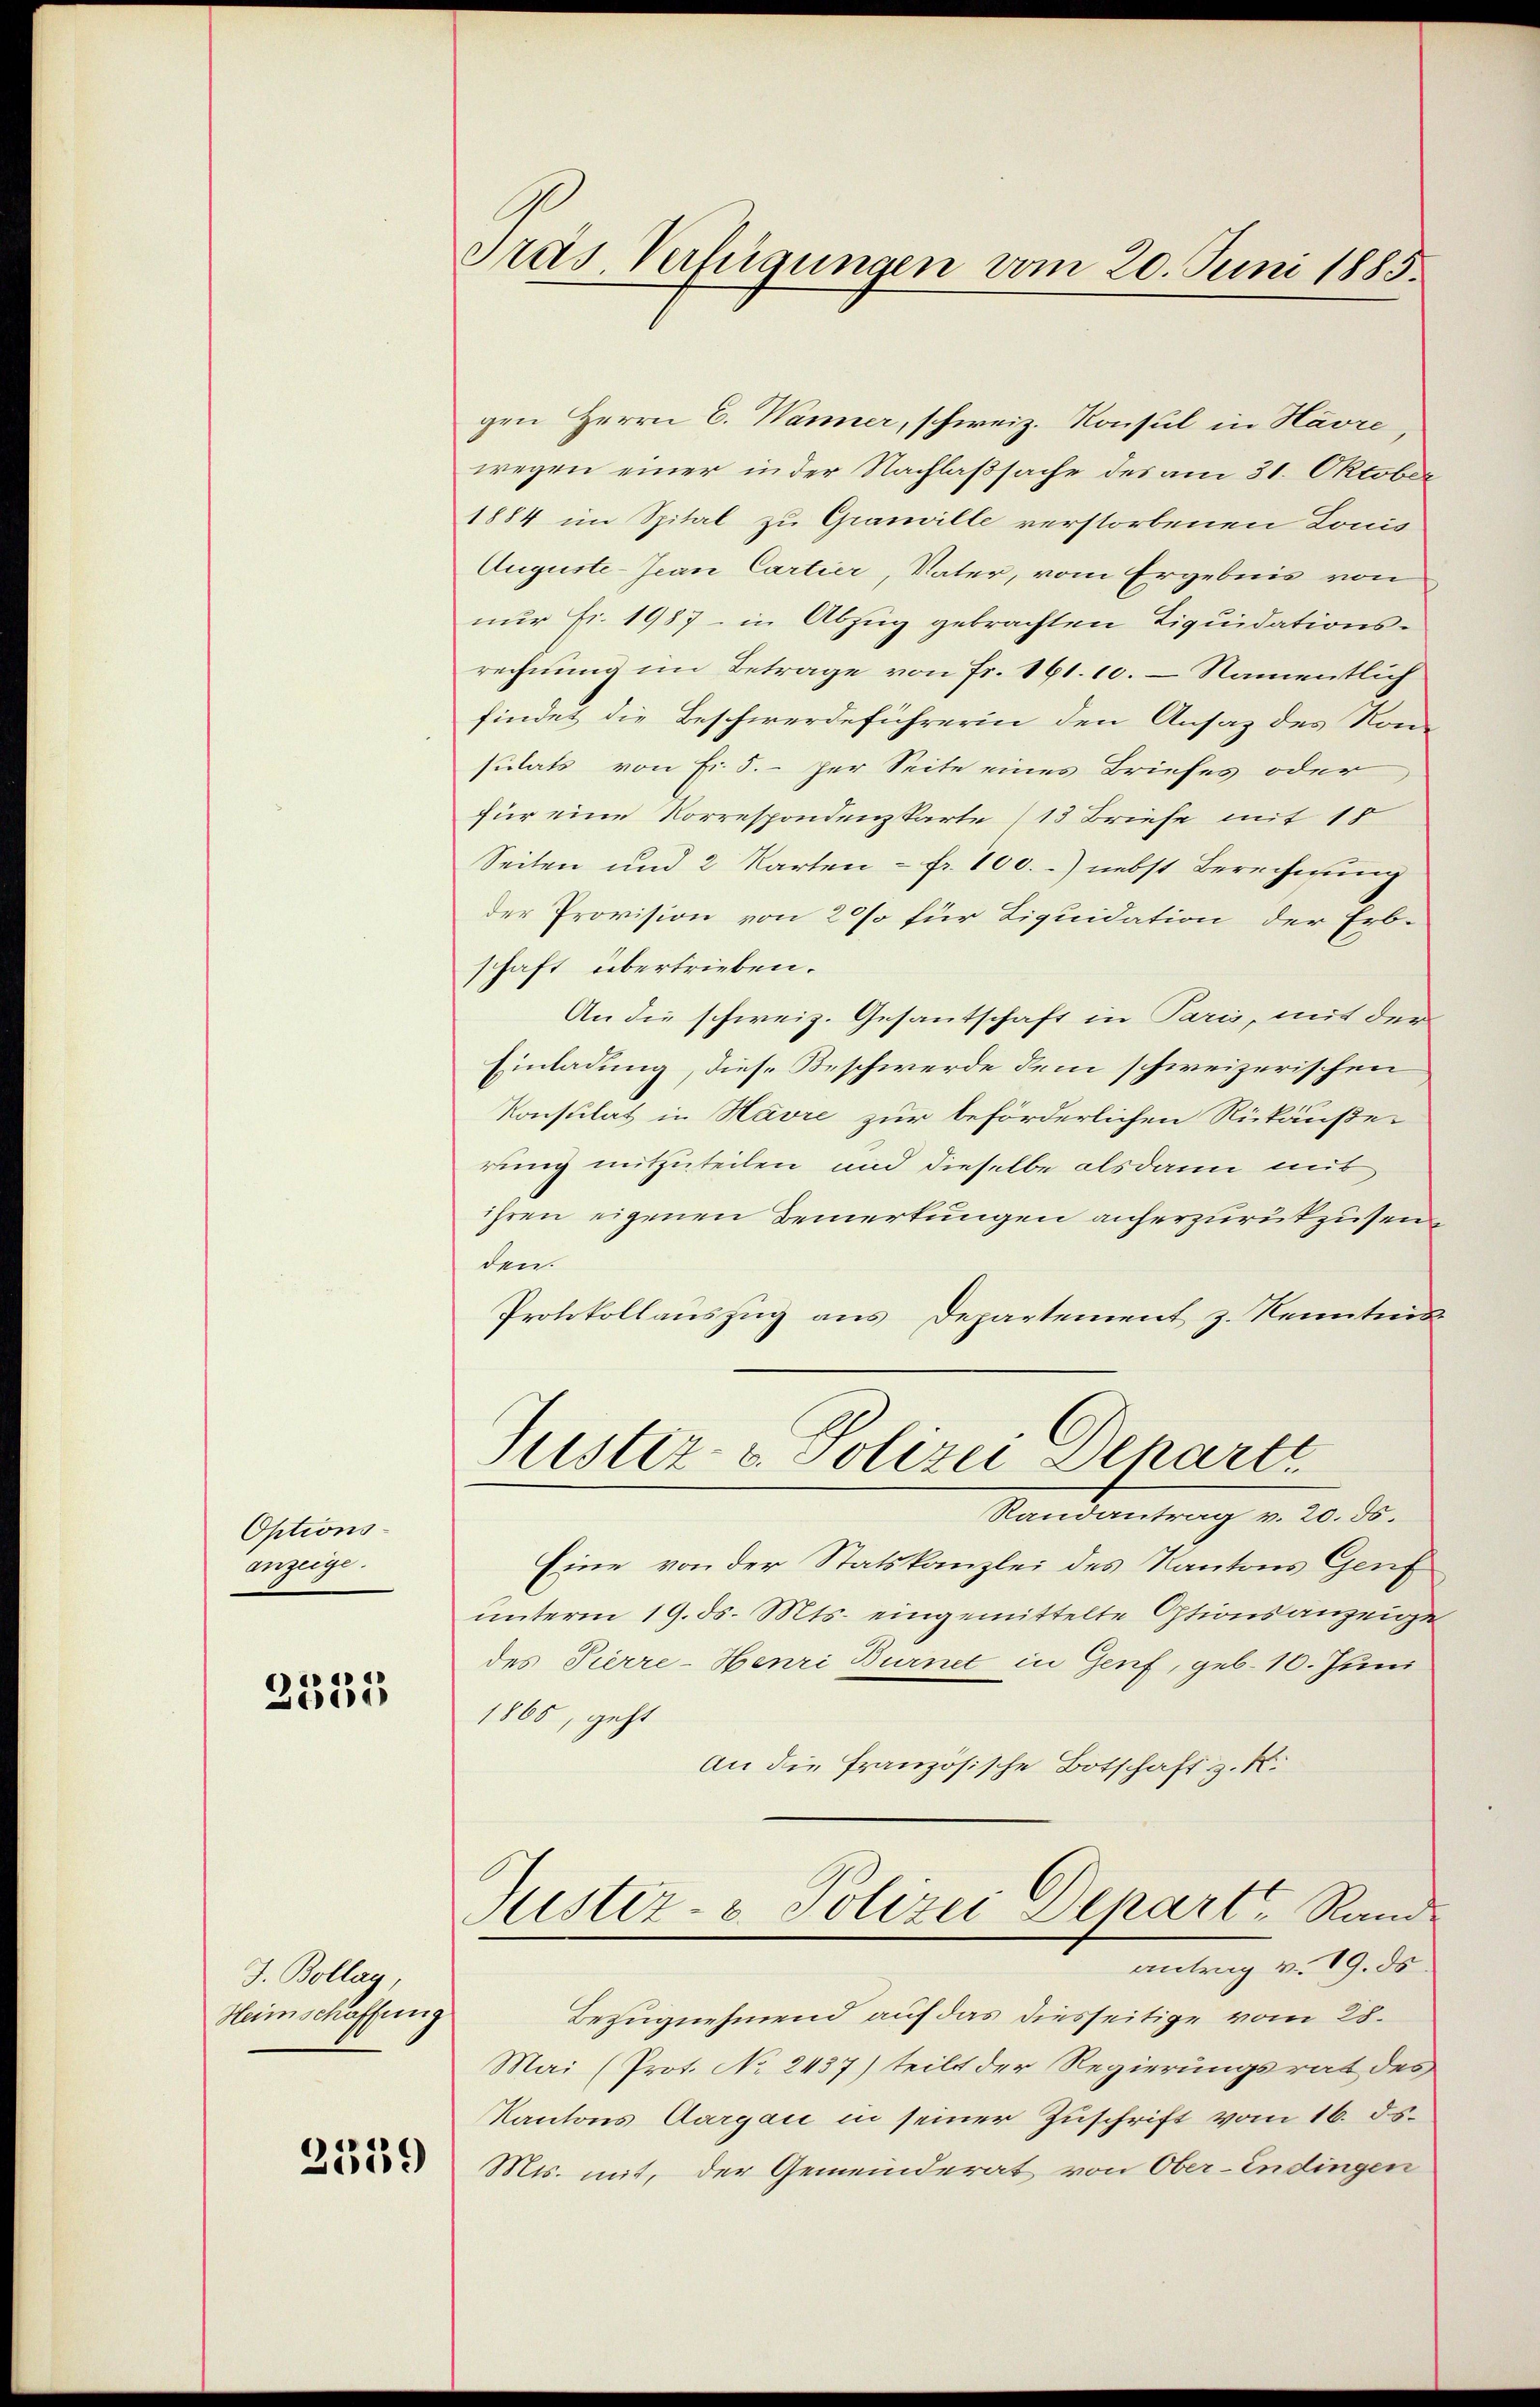
Optionsanzeige.

2335

J. Bollag,
Heimschaffung

2339

Pras Verfügungen vom 20. Juni 1885.

gen Herrn C. Wanner, schweiz. Konsul in Havre,
wegen einer in der Nachlaßsache des am 31. Oktober
1884 im Spital zu Granille verstorbenen Louis
Auguste-Jean Cartier, Vater, vom Ergebnis von
nur fr. 1987 - in Abzug gebrachten Liquidationsrechnung im Betrage von Fr. 161. 10. – Namentlich
findet die Beschwerdeführerin den Ansaz des Kon-
sulats von Fr. 5.- per Seite eines Briefes oder
für eine Korrespondenzkarte (13 Briefe mit 15
Seiten und 2 Karten - fr. 100.-) nebst Berechnung
der Provision von 20% für Liquidation der Erb-
schaft übertrieben.
An die schweiz. Gesantschaft in Paris, mit der
Einladung, diese Beschwerde dem schweizerischen
Konsulat in Havre zur beförderlichen Rückäußer
rung mitzuteilen und dieselbe alsdann mit
ihren eigenen Bemerkungen anherzurükzusen
den.
Protokollauszug aus Departement z. Kenntnis
Justiz- & Polizei Departe.
Randantrag v. 20. ds.
Eine von der Statskanzlei des Kantons Genf
unterm 19. ds. Mts. eingemittelte Optionsanzeigen
des Pierre-Henri Burnet in Genf, geb. 10. Juni
1865, geht
An die französische Botschaft z. K.
Justiz- & Polizei Depart Rand
antrag v. 19. ds.
Bezugnehmend auf das diesseitige vom 28.
Mai (Prot. No 2437) teilt der Regierungsrat des
Kantons Aargau in seiner Zuschrift vom 16. ds.
Mis. mit, der Gemeinderat von Ober-Endingen